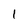
Character: 1